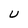
Character: U